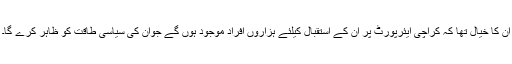
ان کا خیال تھا کہ کراچی ایئرپورٹ پر ان کے استقبال کیلئے ہزاروں افراد موجود ہوں گے جوان کی سیاسی طاقت کو ظاہر کرے گا۔